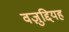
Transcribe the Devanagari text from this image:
वज़ुद्दियह